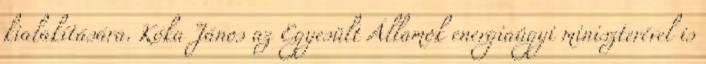
kialakítására. Kóka János az Egyesült Államok energiaügyi miniszterével is